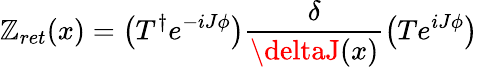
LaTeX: \mathbb{Z}_{ret}(x)=\left(T^{\dagger}e^{-iJ\phi}\right)\frac{{\delta}}{{\deltaJ(x)}}\left(Te^{iJ\phi}\right)